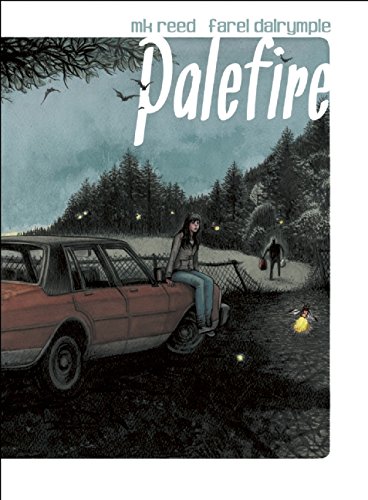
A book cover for Palefire; MK Reed; Comics & Graphic Novels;